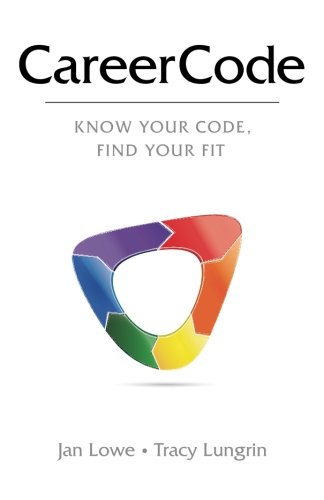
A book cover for CareerCode: Know Your Code, Find Your Fit; Jan Lowe M.S; Education & Teaching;